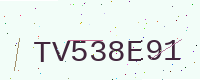
Text: TV538E91